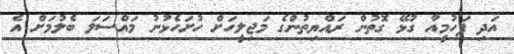
އަދި ފަހުމީއާ ގުޅޭ ގޮތުން ރައްޔިތުންގެ މަޖިލީހަށް ހުށަހެޅުނު މައްސަލަ ބެލުމަށް އެ